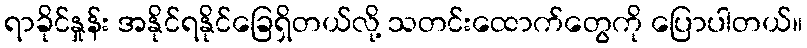
ရာခိုင်နှုန်း အနိုင်ရနိုင်ခြေရှိတယ်လို့ သတင်းထောက်တွေကို ပြောပါတယ်။